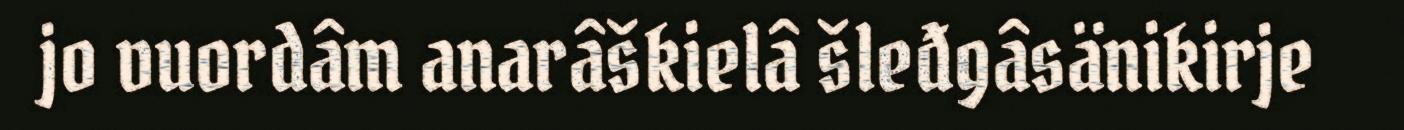
jo vuordâm anarâškielâ šleđgâsänikirje